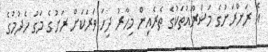
އެ ރަށްރަށުގެ މަޝްރޫއުތަކުގެ ތެރެއިން މިހާރު ދިހަ ވަރަކަށް ރަށުގެ މަގު ހެދުމުގެ